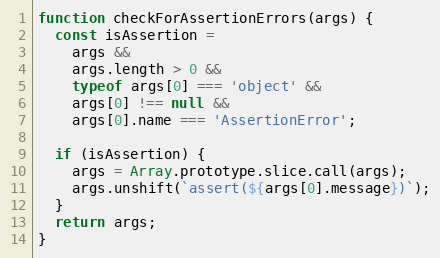
Language: JavaScript
function checkForAssertionErrors(args) {
  const isAssertion =
    args &&
    args.length > 0 &&
    typeof args[0] === 'object' &&
    args[0] !== null &&
    args[0].name === 'AssertionError';

  if (isAssertion) {
    args = Array.prototype.slice.call(args);
    args.unshift(`assert(${args[0].message})`);
  }
  return args;
}